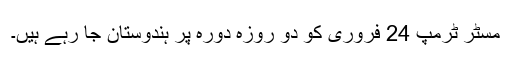
مسٹر ٹرمپ 24 فروری کو دو روزہ دورہ پر ہندوستان جا رہے ہیں۔